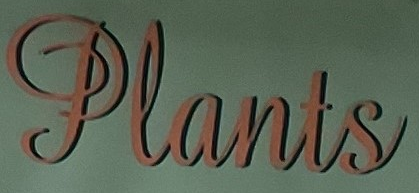
Plants